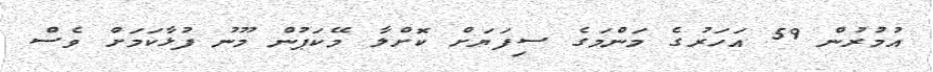
އުމުރުން 59 އަހަރުގެ މަންމަގެ ސިފަޔަށް ކޮށްލާ މޭކަޕުން މޫނު ފުޅާކަމަށް ވެސް